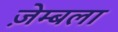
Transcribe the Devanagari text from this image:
ज़ेम्बला